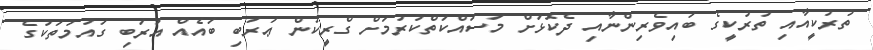
ތުރުކީއާއި ތުރުކީގެ ބައިވެރިންނާއި ދެކޮަޅަށް މަސައްކަތްކުރުމަށް ގްރީކުން ޢަރަބި ބައެއް އަރަބި ގައުމުތަކުގެ